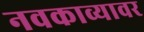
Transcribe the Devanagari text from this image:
नवकाव्यावर